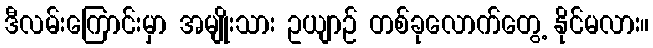
ဒီလမ်းကြောင်းမှာ အမျိုးသား ဥယျာဉ် တစ်ခုလောက်တွေ့ နိုင်မလား။